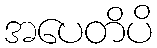
အပေတိပိ